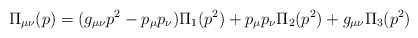
\begin{align*}\Pi_{\mu \nu}(p)=(g_{\mu \nu}p^2-p_{\mu}p_{\nu}) \Pi_1(p^2)+ p_{\mu}p_{\nu}\Pi_2(p^2)+g_{\mu \nu} \Pi_3(p^2)\end{align*}